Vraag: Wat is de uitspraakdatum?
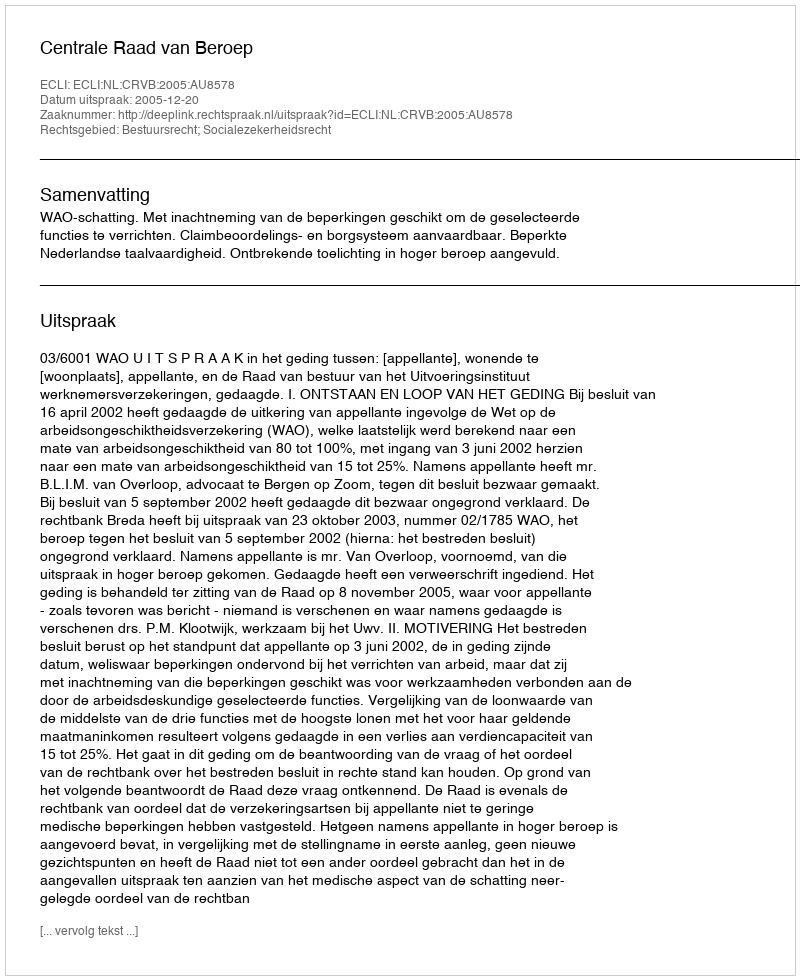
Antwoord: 2005-12-20